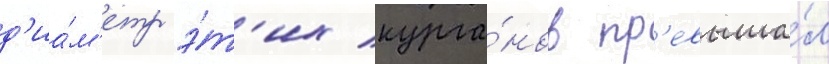
д'иа́м'етр э́т'их курга́нов пр'евыша́л